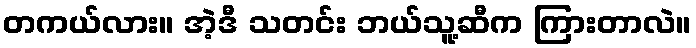
တကယ်လား။ အဲ့ဒီ သတင်း ဘယ်သူ့ဆီက ကြားတာလဲ။